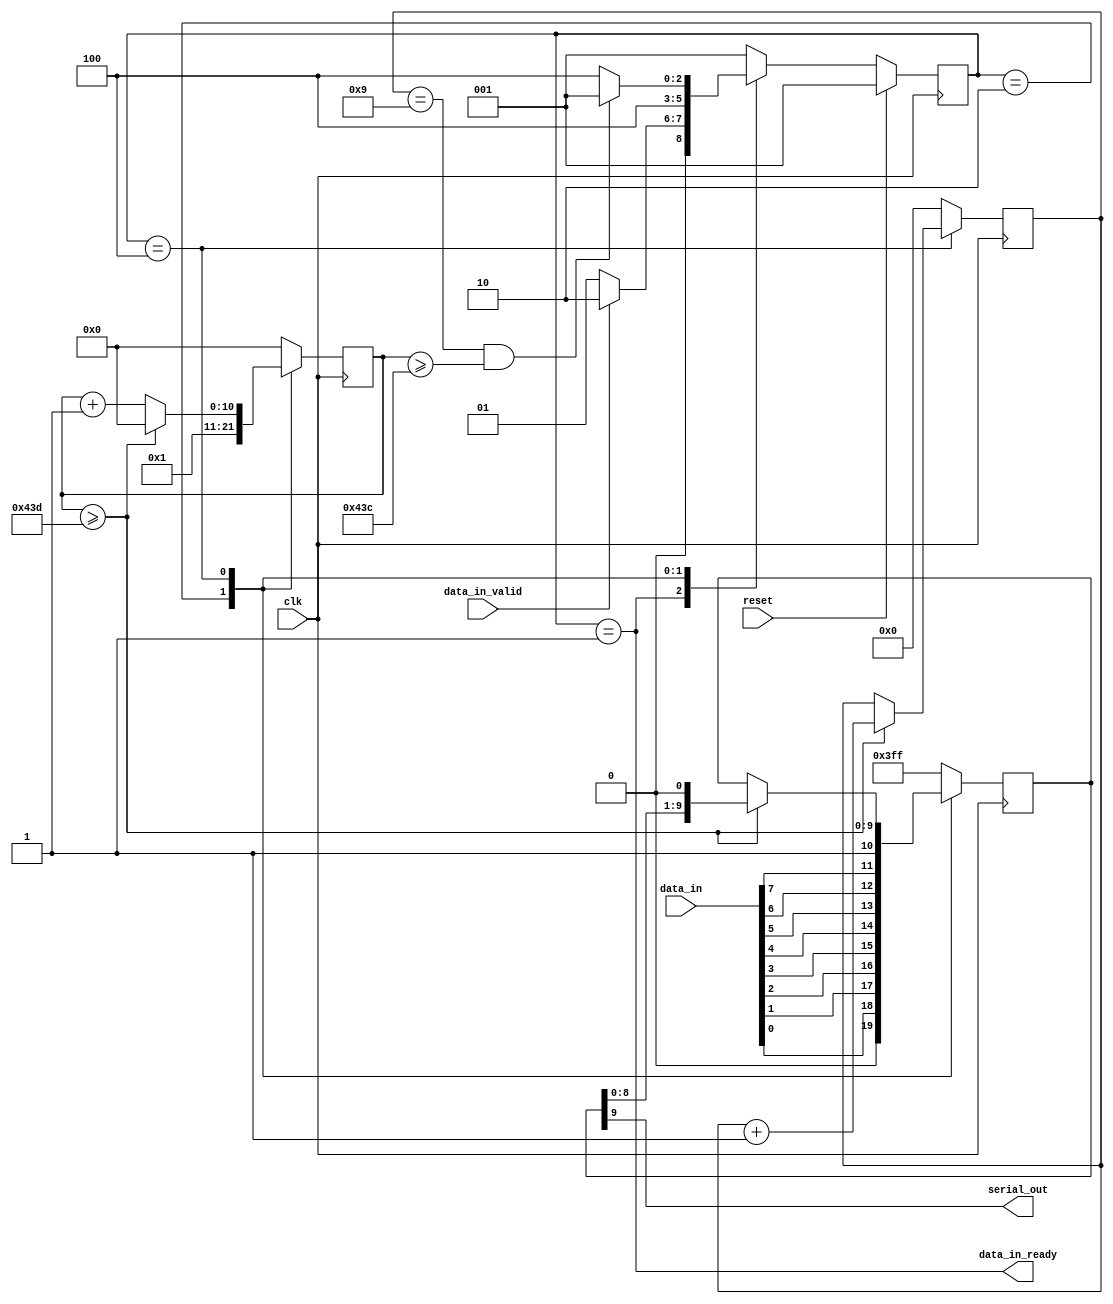
module uart_transmitter #(
    parameter CLOCK_FREQ = 125_000_000,
    parameter BAUD_RATE = 115_200)
(
    input clk,
    input reset,

    input [7:0] data_in,
    input data_in_valid,
    output data_in_ready,

    output serial_out
);
    // See diagram in the lab guide
    localparam  SYMBOL_EDGE_TIME    =   CLOCK_FREQ / BAUD_RATE;
    localparam  CLOCK_COUNTER_WIDTH =   $clog2(SYMBOL_EDGE_TIME);

    localparam IDLE = 3'b001,
               LATCH = 3'b010,
               SENDING = 3'b100;

    reg [9:0] tx_shift;
    reg [3:0] bit_counter;
    reg [CLOCK_COUNTER_WIDTH-1:0] clock_counter;
    reg [2:0] state;
    reg [2:0] next_state;
    
    always @ (posedge clk) begin
        if (reset)
            state <= IDLE;
        else
            state <= next_state;
    end
    
    always @ (*) begin
        case (state)
            IDLE: begin
                if (data_in_valid)
                    next_state = LATCH;
                else
                    next_state = IDLE;
            end
            LATCH: begin
                next_state = SENDING;
            end
            SENDING: begin
                /* verilator lint_off WIDTH */
                if (bit_counter == 4'd9 && clock_counter >= SYMBOL_EDGE_TIME - 1'b1)
                /* verilator lint_on WIDTH */
                    next_state = IDLE;
                else
                    next_state = SENDING;
            end
            default:
                next_state = IDLE;
        endcase
    end
    
    always @ (posedge clk) begin
        case (state)
            IDLE: begin
                tx_shift <= 10'h3FF;
                bit_counter <= 4'b0;
                clock_counter <= 'b0;
            end
            LATCH: begin
                tx_shift <= {1'b0, data_in[0], data_in[1], data_in[2], data_in[3], data_in[4], data_in[5], data_in[6], data_in[7], 1'b1};
                bit_counter <= 4'b0;
                clock_counter <= 'b1;
            end
            SENDING: begin
                /* verilator lint_off WIDTH */
                if (clock_counter >= SYMBOL_EDGE_TIME) begin
                /* verilator lint_on WIDTH */
                    tx_shift <= {tx_shift[8:0], 1'b0};
                    bit_counter <= bit_counter + 4'b1;
                    clock_counter <= 'b0;
                end else
                    clock_counter <= clock_counter + 'b1;
            end
            default: begin
                tx_shift <= 10'h3FF;
                bit_counter <= 4'b0;
                clock_counter <= 'b0;
            end
        endcase
    end
    
    assign data_in_ready = (state == IDLE);
    assign serial_out = tx_shift[9];
    
endmodule